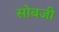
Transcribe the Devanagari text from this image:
सोबजी